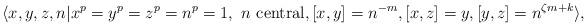
LaTeX: \begin{align*}\langle x,y,z,n | x^p=y^p=z^p=n^p=1,\ \textrm{$n$ central}, [x,y]=n^{-m}, [x,z]=y, [y,z]=n^{\zeta m+k}\rangle,\end{align*}